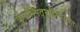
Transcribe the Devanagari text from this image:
कुर्यात्पितृनुद्दिश्ययत्नतः